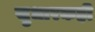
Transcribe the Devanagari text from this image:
सुधारकही